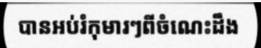
បានអប់រំកុមារៗពីចំណេះដឹង